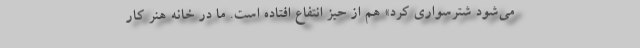
می‌شود شترسواری کرد» هم از حیز انتفاع افتاده است. ما در خانه هنر کار